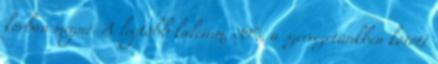
korban megnő. A legtöbb kalcium, 99%, a szervezetünkben kötött